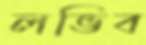
লভিব